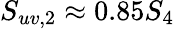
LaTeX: S_{uv,2}\approx 0.85S_{4}